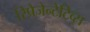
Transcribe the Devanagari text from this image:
रिप्रेजेन्टेटिव्स